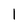
Character: l